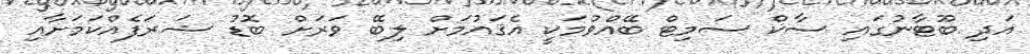
އަދި ބޫޓާނުގައި ސާކް ސަމިޓް ބޭއްވުމަކީ އެޤައުމަށް ލިބޭ ވަރަށް ބޮޑު ޝަރަފެއްކަމަށާއި